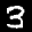
Label: 3